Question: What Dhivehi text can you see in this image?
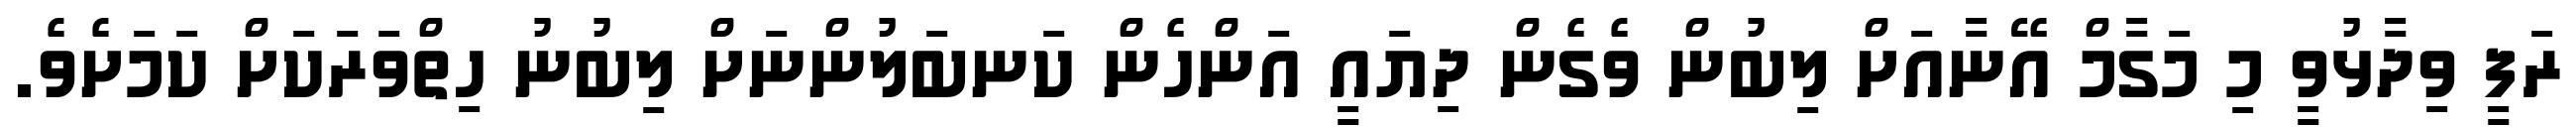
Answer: ރަފީ ވިދާޅުވީ މި މަގާމް އޭނާއަށް ލިބުން ވެގެން ދިޔައީ އަންހެން ކަނބަލުންނަށް ލިބުނު ހިތްވަރަކަށް ކަމަށެވެ.